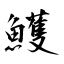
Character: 鱯